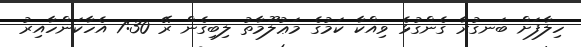
ހިލާފަށް ބަނގުރާ ގެންގުޅެ ވިއްކާ ކަމުގެ މަޢުލޫމާތު ލިބިގެން ރޭ 7:30 އެހާކަންހާއިރު